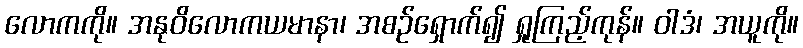
လောကကို။ အနုဝိလောကယမာနာ၊ အစဉ်ရှောက်၍ ရှုကြည့်ကုန်။ ဝါဒံ၊ အယူကို။